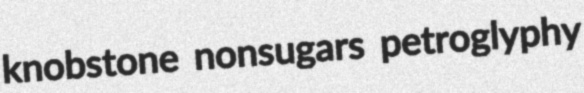
knobstone nonsugars petroglyphy